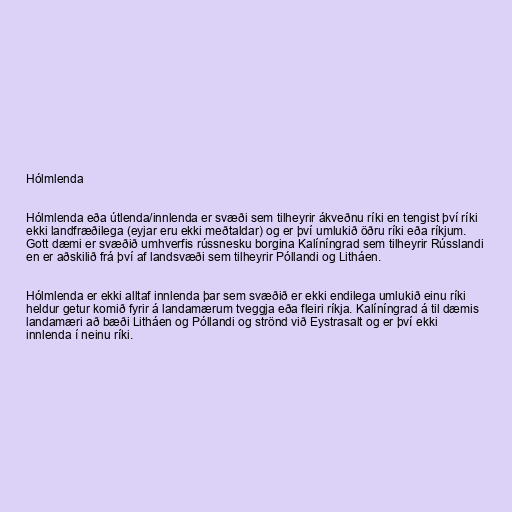
Hólmlenda

Hólmlenda eða útlenda/innlenda er svæði sem tilheyrir ákveðnu ríki en tengist því ríki
ekki landfræðilega (eyjar eru ekki meðtaldar) og er því umlukið öðru ríki eða ríkjum.
Gott dæmi er svæðið umhverfis rússnesku borgina Kalíníngrad sem tilheyrir Rússlandi
en er aðskilið frá því af landsvæði sem tilheyrir Póllandi og Litháen.

Hólmlenda er ekki alltaf innlenda þar sem svæðið er ekki endilega umlukið einu ríki
heldur getur komið fyrir á landamærum tveggja eða fleiri ríkja. Kalíníngrad á til dæmis
landamæri að bæði Litháen og Póllandi og strönd við Eystrasalt og er því ekki
innlenda í neinu ríki.